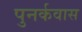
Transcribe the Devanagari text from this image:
पुनर्कवास